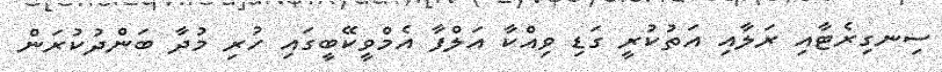
ސިނގިރެޓާއި ރަލާއި އަތުކުރީ ގަޑި ވިއްކާ އަލްފާ އެމްވީކޭބީގައި ހުރި މުދާ ބަންދުކުރަން